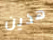
هذين